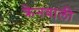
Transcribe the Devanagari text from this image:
क्रेनवाली